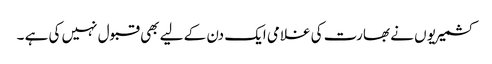
کشمیریو ں نے بھارت کی غلامی ایک دن کے لیے بھی قبول نہیں کی ہے ۔